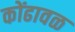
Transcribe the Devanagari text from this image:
कोंढावळ